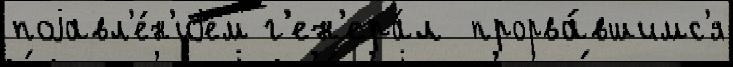
поjавл'е́н'иjем г'ен'ера́л  прорва́вшимс'я